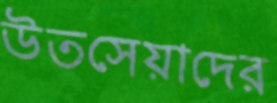
উতসেয়াদের